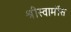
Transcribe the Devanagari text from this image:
श्रीस्वामींस